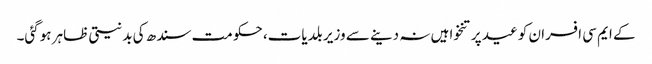
کے ایم سی افسران کو عید پر تنخواہیں نہ دینے سے وزیر بلدیات، حکومت سندھ کی بدنیتی ظاہر ہوگئی۔